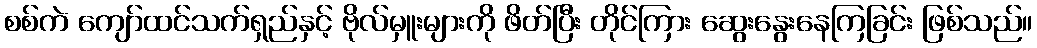
စစ်ကဲ ကျော်ထင်သက်ရှည်နှင့် ဗိုလ်မှူးများကို ဖိတ်ပြီး တိုင်ကြား ဆွေးနွေးနေကြခြင်း ဖြစ်သည်။